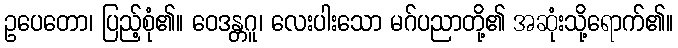
ဥပေတော၊ ပြည့်စုံ၏။ ဝေဒန္တဂူ၊ လေးပါးသော မဂ်ပညာတို့၏ အဆုံးသို့ရောက်၏။